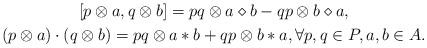
LaTeX: \begin{gather*}[p \otimes a, q \otimes b] = pq \otimes a \diamond b - qp \otimes b \diamond a,\\(p \otimes a) \cdot (q \otimes b) = pq \otimes a*b + qp \otimes b*a, \forall p, q \in P , a, b \in A.\end{gather*}